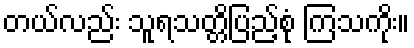
တယ်လည်း သူရသတ္တိပြည့်စုံ ကြသကိုး။